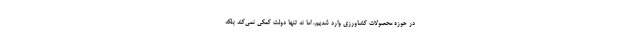
در حوزه محصولات کشاورزی وارد شدیم، اما نه تنها دولت کمکی نمی‌کند بلکه